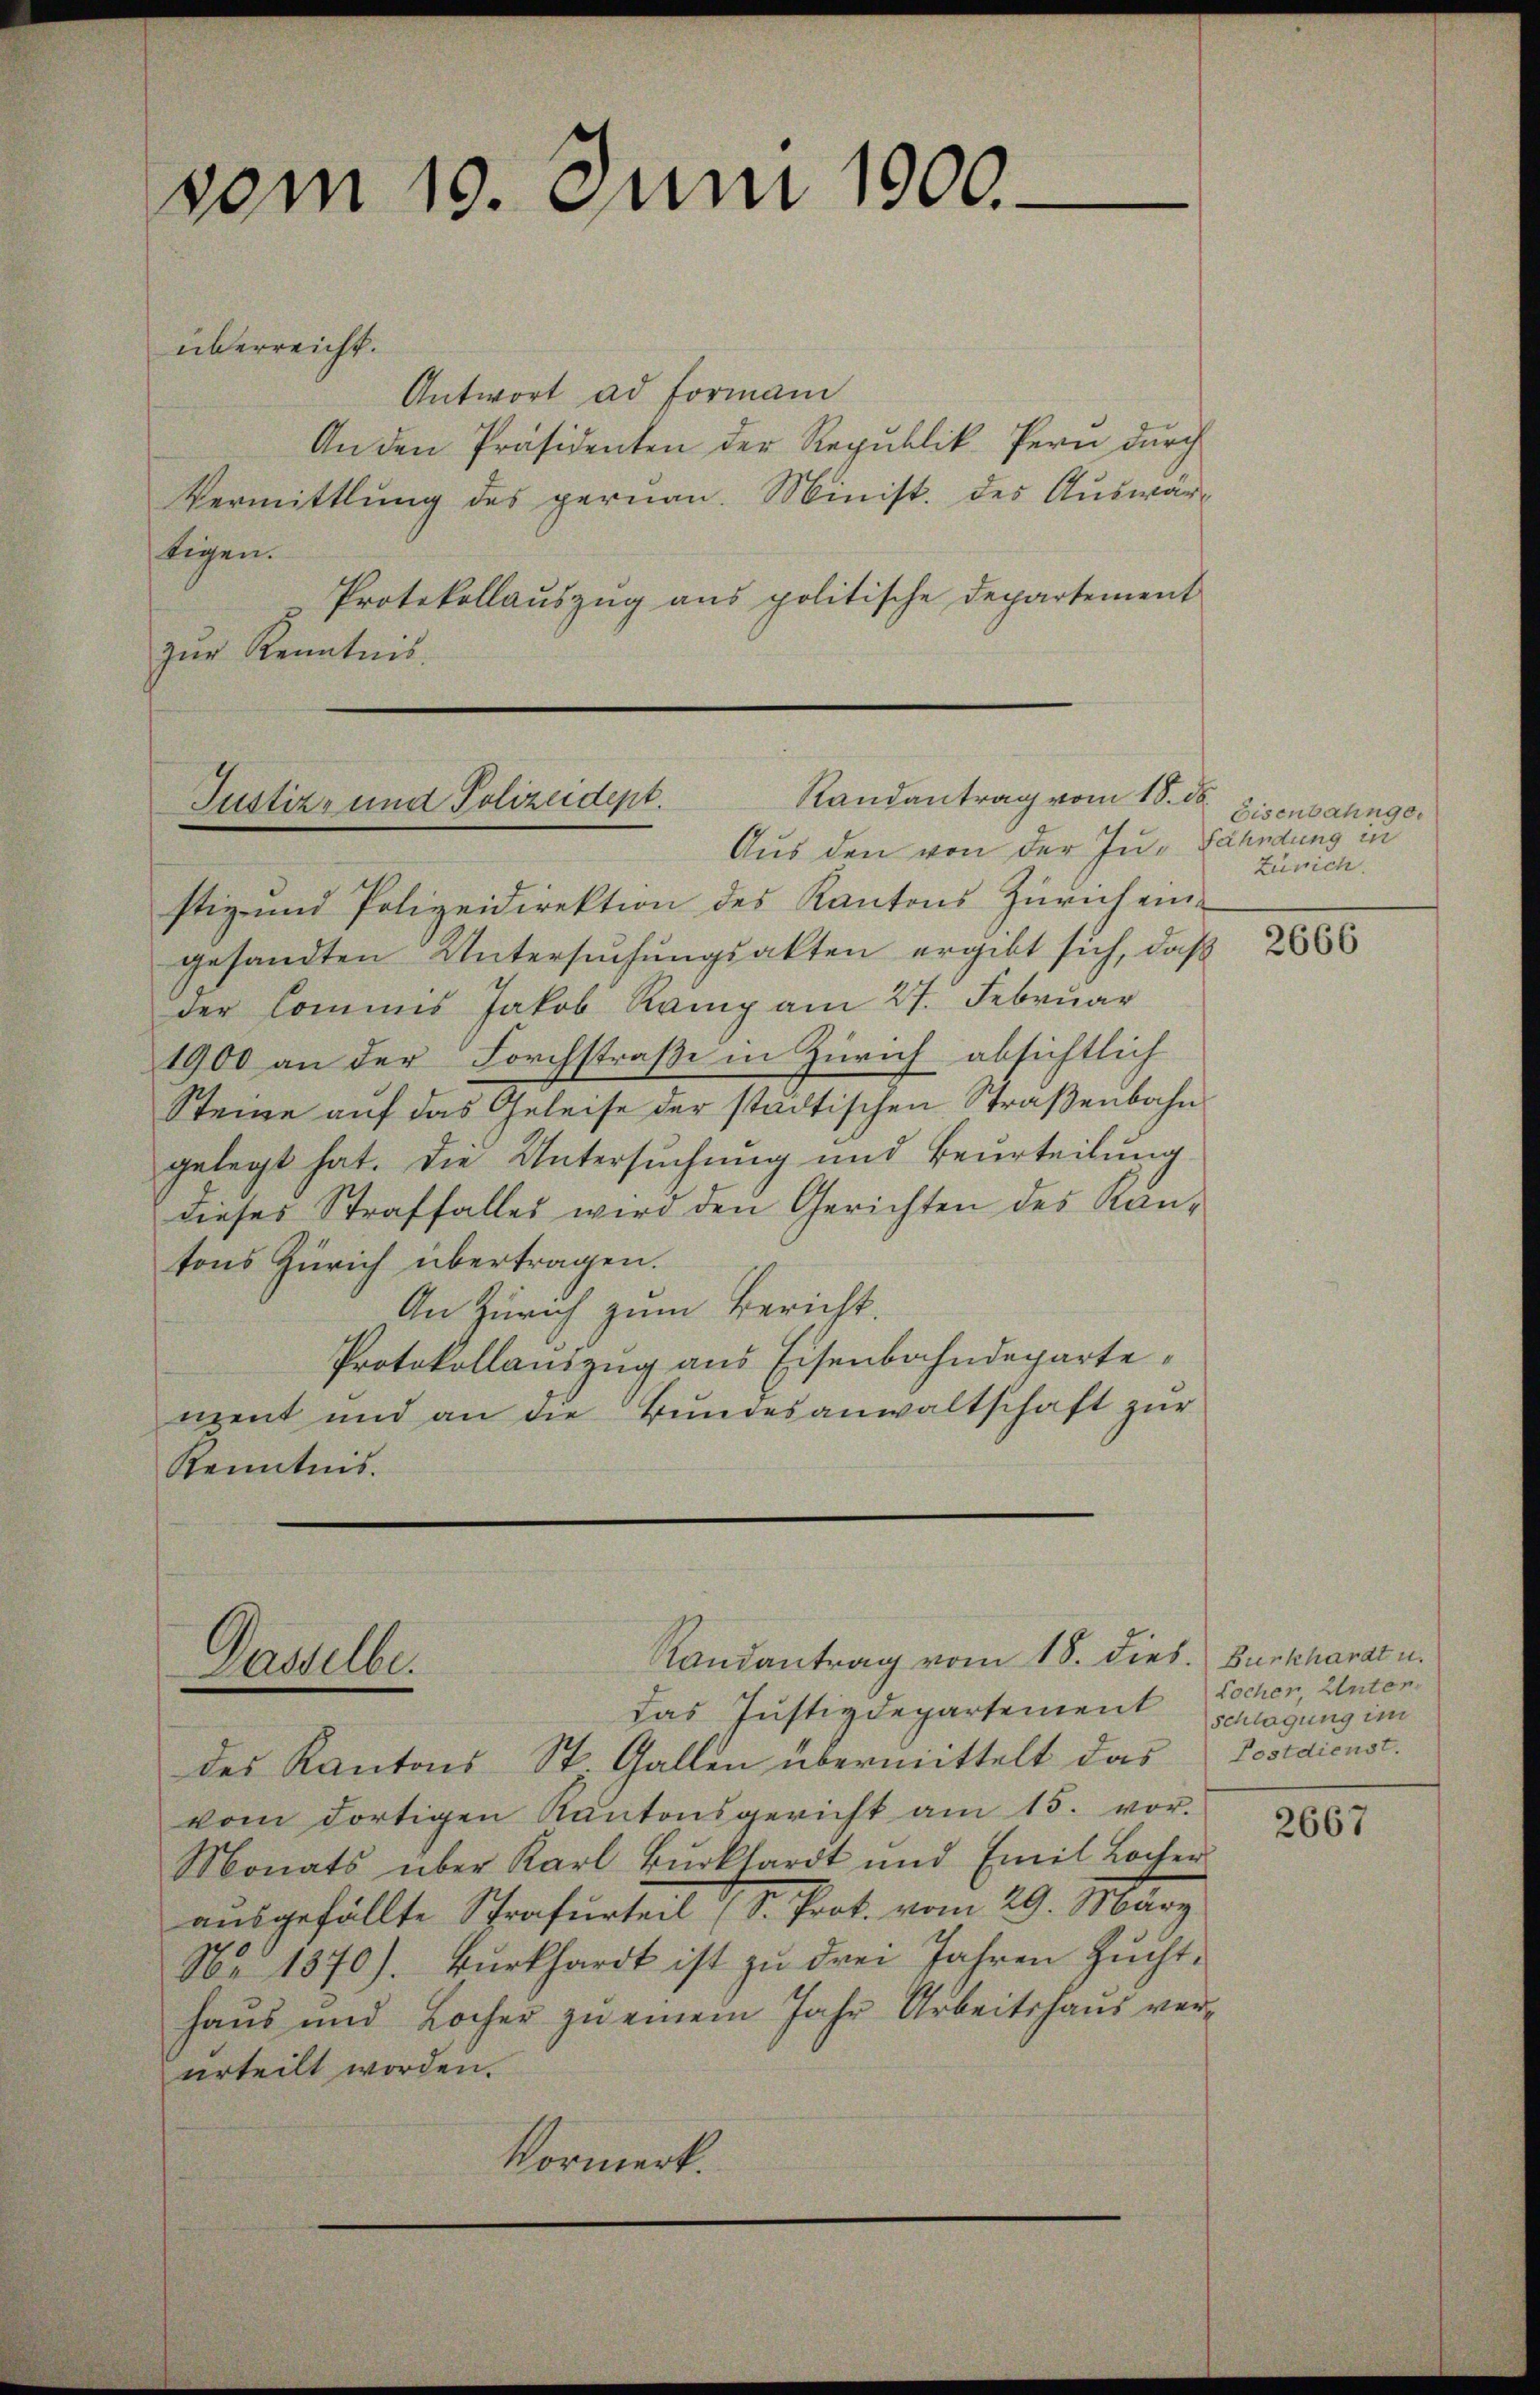
vom 10. Juni 1900.

überreicht.
Antwort ad Formani
An den Präsidenten der Republik fern durch
Vermittlung des gernen. Minist. des Aŭswärtigen.
Protokollaŭszŭg ans politische Departement
zŭr Kenntnis.

Randantrag vom 18. d.
Justiz- und Polizeidept.
Aus den von der Jus Fähndung in

Dasselbe.

Randantrag vom 18. dies. Burkhardt u.

stiz- und Polizeidirektion des Kantons Zürich eingesandten Untersuchungsakten ergibt sich, daß
der Commis Jakob Raing am 27. Februar
1900 an der Forchstraße in Zürich absichtlich
Steine auf das Geleise der städtischen Straßenbahn
gelegt hat. Die Untersuchung und Beurteilung
dieses Straffalles wird den Gerichten des Kantons Zürich übertragen.
An Zürich zum Bericht.
Protokollauszug aus Eisenbahndepartenent und an die Bundesanwaltschaft zur
Kenntnis.

das Justizdepartement
des Kantons St. Gallen übermittelt das Postdienst.
vom dortigen Kantonsgericht am 15. vor.
Monats über Karl Bŭrkhardt und Emil Locher
ausgefällte Strafurteil (S. Prot. vom 29. März
Nr. 1870). Burkhardt ist zu drei Jahren Zuchthaus und Locher zu einem Jahr Arbeitshaus verurteilt worden.
Vormerk.

Eisenbahnge
Zürich.

2666

Locher, Unter
Schlagung im

2667